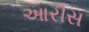
આરીસ